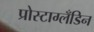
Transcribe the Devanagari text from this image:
प्रोस्टाग्लँडिन